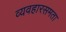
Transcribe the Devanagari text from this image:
व्यवहारसमता